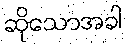
ဆိုသောအခါ